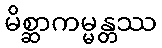
မိစ္ဆာကမ္မန္တဿ